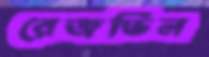
রেজভিন